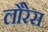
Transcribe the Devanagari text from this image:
लौरेस